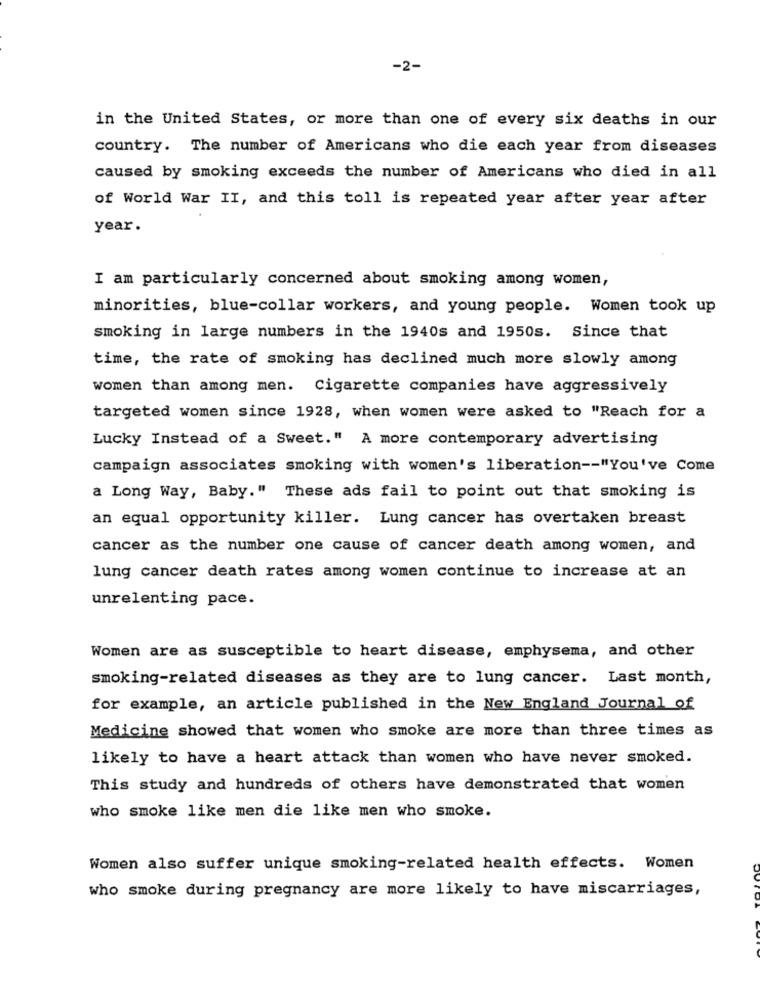
-2-
in the United States, or more than one of every six deaths in our
country. The number of Americans who die each year from diseases
caused by smoking exceeds the number of Americans who died in all
of World War II, and this toll is repeated year after year after
year.
I am particularly concerned about smoking among women,
minorities, blue-collar workers, and young people. Women took up
smoking in large numbers in the 1940s and 1950s. Since that
time, the rate of smoking has declined much more slowly among
women than among men. Cigarette companies have aggressively
targeted women since 1928, when women were asked to "Reach for a
Lucky Instead of a Sweet." A more contemporary advertising
campaign associates smoking with women's liberation -- "You've Come
a Long Way, Baby." These ads fail to point out that smoking is
an equal opportunity killer. Lung cancer has overtaken breast
cancer as the number one cause of cancer death among women, and
lung cancer death rates among women continue to increase at an
unrelenting pace.
Women are as susceptible to heart disease, emphysema, and other
smoking-related diseases as they are to lung cancer. Last month,
for example, an article published in the New England Journal of
Medicine showed that women who smoke are more than three times as
likely to have a heart attack than women who have never smoked.
This study and hundreds of others have demonstrated that women
who smoke like men die like men who smoke.
Women also suffer unique smoking-related health effects. Women
who smoke during pregnancy are more likely to have miscarriages,